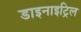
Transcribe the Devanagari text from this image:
डाइनाइट्रिल